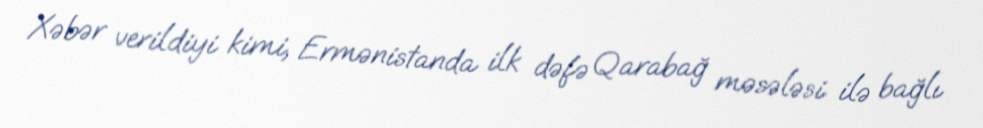
Xəbər verildiyi kimi, Ermənistanda ilk dəfə Qarabağ məsələsi ilə bağlı